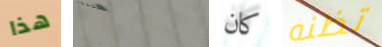
هذا لمكافحة كان تظنه